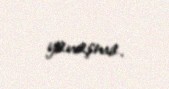
yanaşma.